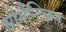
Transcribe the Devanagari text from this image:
सीमैन्टिकस